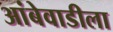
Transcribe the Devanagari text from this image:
आंबेवाडीला